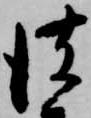
彼